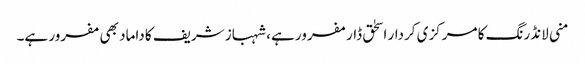
منی لانڈرنگ کا مرکزی کردار اسحٰق ڈار مفرور ہے، شہباز شریف کا داماد بھی مفرور ہے۔